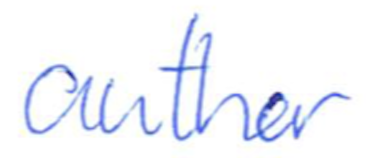
Text: author
Cross-out: clean
Writing tool: ballpoint